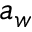
a _ { w }